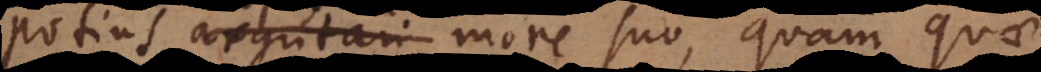
potius argutari more suo, quam qua